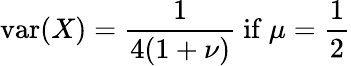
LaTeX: \operatorname{var}(X)={\frac{1}{4(1+\nu)}}{\mathrm{~if~}}\mu={\frac{1}{2}}